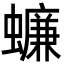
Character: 蠊